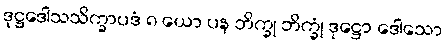
ဒုဋ္ဌဒေါသသိက္ခာပဒံ ၈ ယော ပန ဘိက္ခု ဘိက္ခုံ ဒုဋ္ဌော ဒေါသော